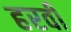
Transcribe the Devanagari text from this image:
हरवी